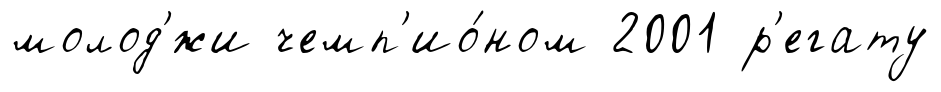
молод'́жи чемп'ио́ном 2001 р'егату